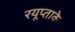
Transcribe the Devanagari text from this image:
रयूप्ताके